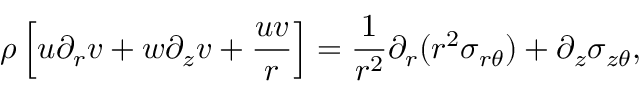
\rho \left[ u \partial _ { r } { v } + w \partial _ { z } { v } + \frac { u v } { r } \right] = \frac { 1 } { r ^ { 2 } } \partial _ { r } ( r ^ { 2 } \sigma _ { r \theta } ) + \partial _ { z } \sigma _ { z \theta } ,